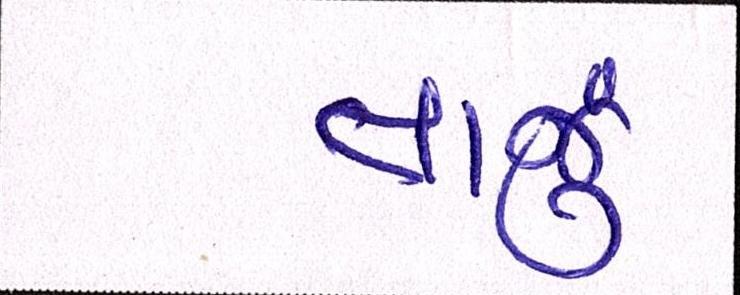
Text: તાજું